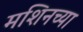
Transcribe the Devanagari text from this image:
मशिनच्या